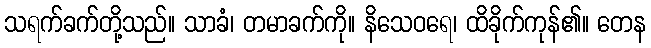
သရက်ခက်တို့သည်။ သာခံ၊ တမာခက်ကို။ နိသေဝရေ၊ ထိခိုက်ကုန်၏။ တေန